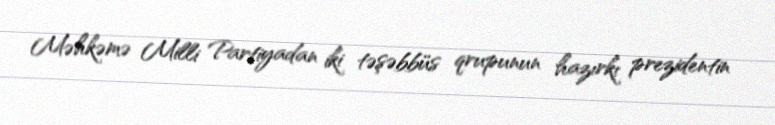
Məhkəmə Milli Partiyadan iki təşəbbüs qrupunun hazırkı prezidentin